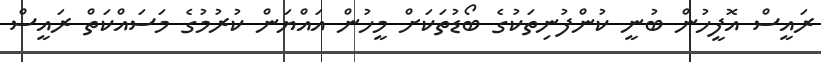
ރައީސް އޮފީހުން ބުނީ ކުންފުނިތަކުގެ ބޯޑުތަކަށް މީހުން އައްޔަން ކުރުމުގެ މަސައްކަތް ރައީސް